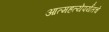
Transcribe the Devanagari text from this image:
आत्महत्येपर्यंतचे